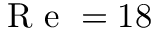
\mathrm { ~ R ~ e ~ } = 1 8